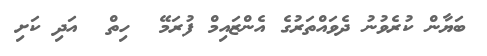
ބަޔާން ކުރެވުނު ދެވައްތަރުގެ އެންޒައިމް ފުރަމޭ  ހިތް  އަދި ކަށި